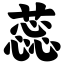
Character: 蕊